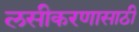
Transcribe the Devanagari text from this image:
लसीकरणासाठी